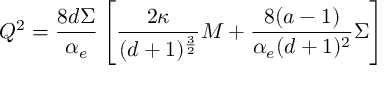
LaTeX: Q ^ { 2 } = { \frac { 8 d \Sigma } { \alpha _ { e } } } \left[ { \frac { 2 \kappa } { ( d + 1 ) ^ { \frac { 3 } { 2 } } } } M + { \frac { 8 ( a - 1 ) } { \alpha _ { e } ( d + 1 ) ^ { 2 } } } \Sigma \right]